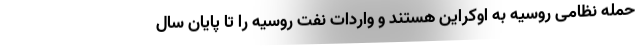
حمله نظامی روسیه به اوکراین هستند و واردات نفت روسیه را تا پایان سال